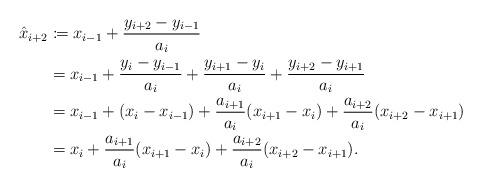
LaTeX: \begin{align*} \hat{x}_{i+2} &\coloneqq x_{i-1} + \frac{y_{i+2}-y_{i-1}}{a_i} \\ &= x_{i-1} + \frac{y_i-y_{i-1}}{a_i} + \frac{y_{i+1}-y_i}{a_i} + \frac{y_{i+2}-y_{i+1}}{a_i} \\ &= x_{i-1} + (x_i-x_{i-1}) + \frac{a_{i+1}}{a_i} (x_{i+1}-x_i) + \frac{a_{i+2}}{a_i} (x_{i+2}-x_{i+1}) \\ &= x_i + \frac{a_{i+1}}{a_i} (x_{i+1}-x_i) + \frac{a_{i+2}}{a_i} (x_{i+2}-x_{i+1}).\end{align*}